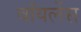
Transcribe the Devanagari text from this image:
वॉयलेंस